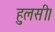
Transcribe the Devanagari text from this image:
हुलसी।